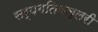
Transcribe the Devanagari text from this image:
सर्पगतिवल्लरी